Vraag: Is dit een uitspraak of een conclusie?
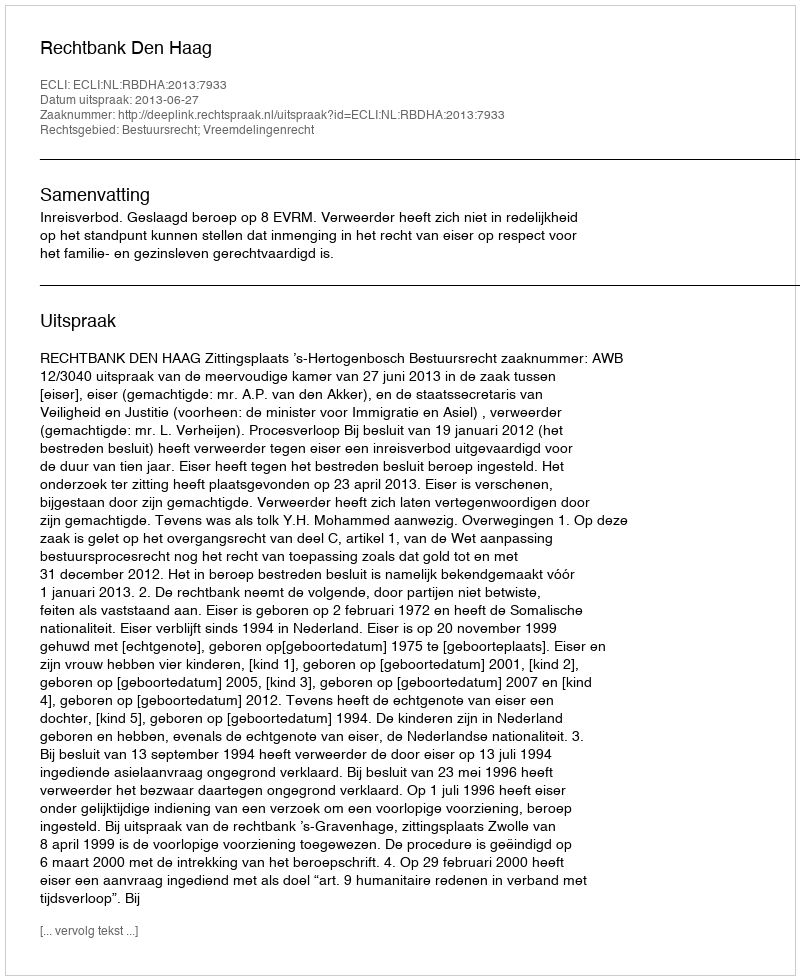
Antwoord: Uitspraak